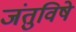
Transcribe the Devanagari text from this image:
जंतुविषे